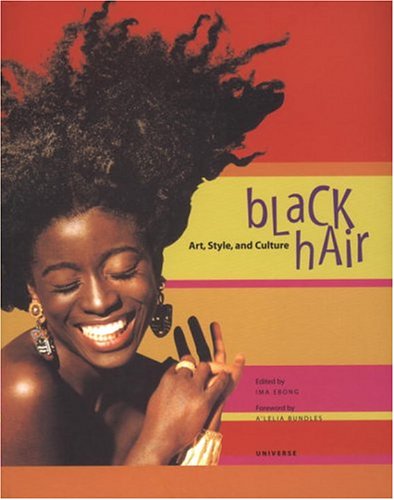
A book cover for Black Hair : Art, Style, and Culture; Ima Ebong; Health, Fitness & Dieting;